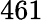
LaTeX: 461